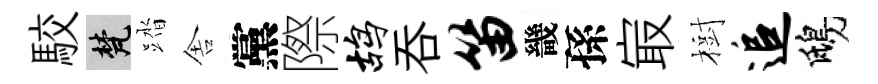
駮梵踏舎黨際鸪呑笛畿孫㝡樹追鴟